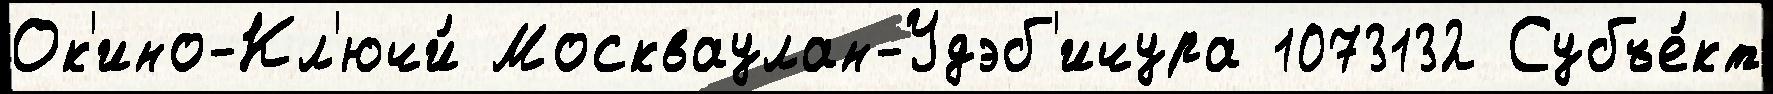
Ок'ино-Кл'ючи́ Москваулан-Удэб'ичура 1073132 Субъе́кт